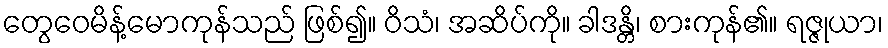
တွေဝေမိန့်မောကုန်သည် ဖြစ်၍။ ဝိသံ၊ အဆိပ်ကို။ ခါဒန္တိ၊ စားကုန်၏။ ရဇ္ဇုယာ၊